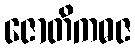
ဇောတိကဓဇ